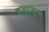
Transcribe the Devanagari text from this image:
षडाङ्ग